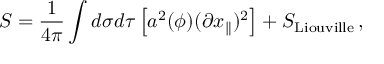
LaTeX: S = \frac { 1 } { 4 \pi } \int d \sigma d \tau \left[ a ^ { 2 } ( \phi ) ( \partial x _ { \parallel } ) ^ { 2 } \right] + S _ { \mathrm { L i o u v i l l e } } \, ,